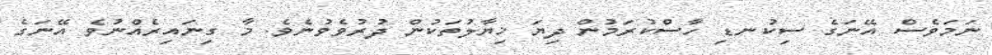
ނަމަވެސް އޭނަގެ ސިކުނޑި ހާސްކުރަމުން ދިޔަ ޚިޔާލުތަކުން ދުރުވެވުނެވެ. މާ ގިނައިރެއްނުވެ އޭނަގެ